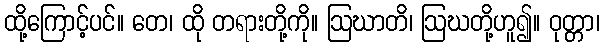
ထို့ကြောင့်ပင်။ တေ၊ ထို တရားတို့ကို။ ဩဃာတိ၊ ဩဃတို့ဟူ၍။ ဝုတ္တာ၊